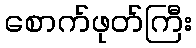
စောက်ဖုတ်ကြီး